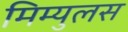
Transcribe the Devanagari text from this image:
मिम्युलस